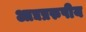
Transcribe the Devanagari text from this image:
आद्यप्ररुपीय